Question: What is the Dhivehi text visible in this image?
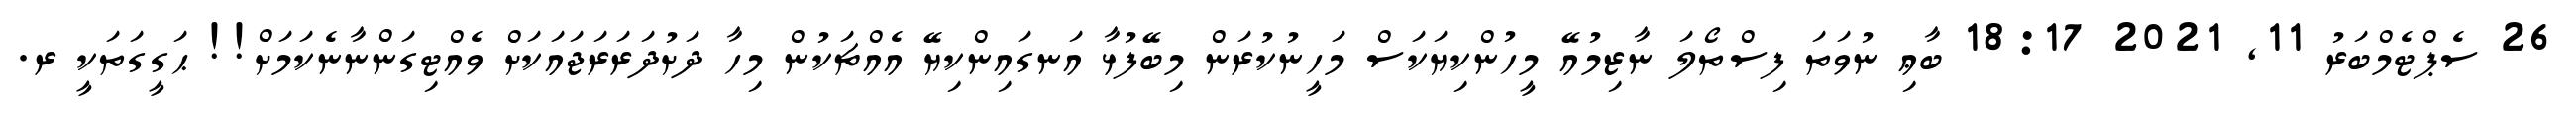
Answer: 26 ސެޕްޓެމްބަރު 11, 2021 18:17 ބާޢި ނުވަތަ ފިސްތޯލަ ނާޒިމުއޭ މީހުންކިޔަކަސް މަހީނުކުރަން މިބޭފުޅާ އަނގައިންކިޔޭ އެއްޗަކުން މިހާ ދަށުދަރަރަޖައަކަށް ވެއްޓިގަންނާނެކަމަށް!! ޙަގީގަތަކީ ރ.